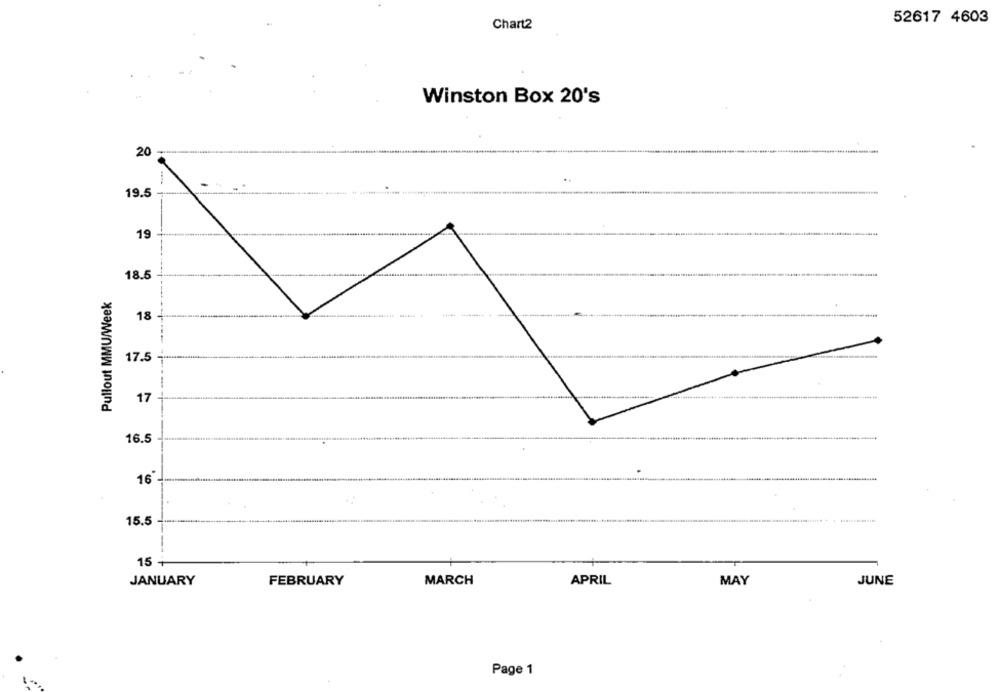
52617 4603
Chart2
Winston Box 20's
20 -
-
19.5
19
-
18.5
Pullout MMU/Week
18
17.5 -***
17
16.5
16
15.5
---
15 +
MARCH
JANUARY
FEBRUARY
APRIL
MAY
JUNE
Page 1